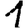
Digit: 1